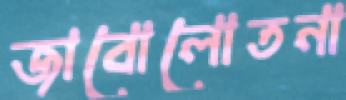
জাবোলোতনা